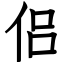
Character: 侣